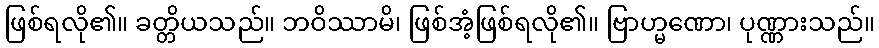
ဖြစ်ရလို၏။ ခတ္တိယသည်။ ဘဝိဿာမိ၊ ဖြစ်အံ့ဖြစ်ရလို၏။ ဗြာဟ္မဏော၊ ပုဏ္ဏားသည်။